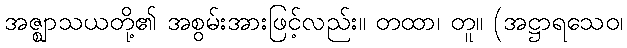
အဇ္ဈာသယတို့၏ အစွမ်းအားဖြင့်လည်း။ တထာ၊ တူ။ (အဋ္ဌာရသေဝ၊